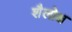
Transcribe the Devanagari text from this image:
शैलोक्ष